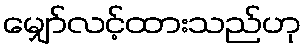
မျှော်လင့်ထားသည်ဟု